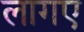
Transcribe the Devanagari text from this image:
लागए